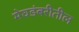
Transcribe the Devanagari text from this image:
मेघडंबरीतील